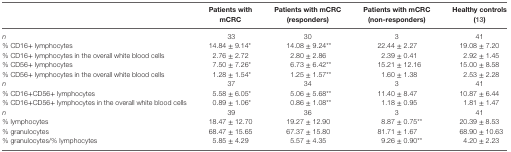
<table><thead><tr><td></td><td><b>Patients with mCRC</b></td><td><b>Patients with mCRC (responders)</b></td><td><b>Patients with mCRC (non-responders)</b></td><td><b>Healthy controls (13)</b></td></tr></thead><tbody><tr><td><i>n</i></td><td>33</td><td>30</td><td>3</td><td>41</td></tr><tr><td>% CD16+ lymphocytes</td><td>14.84 ± 9.14*</td><td>14.08 ± 9.24**</td><td>22.44 ± 2.27</td><td>19.08 ± 7.20</td></tr><tr><td>% CD16+ lymphocytes in the overall white blood cells</td><td>2.76 ± 2.72</td><td>2.80 ± 2.86</td><td>2.39 ± 0.41</td><td>2.92 ± 1.45</td></tr><tr><td>% CD56+ lymphocytes</td><td>7.50 ± 7.26*</td><td>6.73 ± 6.42**</td><td>15.21 ± 12.16</td><td>15.00 ± 8.58</td></tr><tr><td>% CD56+ lymphocytes in the overall white blood cells</td><td>1.28 ± 1.54*</td><td>1.25 ± 1.57**</td><td>1.60 ± 1.38</td><td>2.53 ± 2.28</td></tr><tr><td><i>n</i></td><td>37</td><td>34</td><td>3</td><td>41</td></tr><tr><td>% CD16+CD56+ lymphocytes</td><td>5.58 ± 6.05*</td><td>5.06 ± 5.68**</td><td>11.40 ± 8.47</td><td>10.87 ± 6.44</td></tr><tr><td>% CD16+CD56+ lymphocytes in the overall white blood cells</td><td>0.89 ± 1.06*</td><td>0.86 ± 1.08**</td><td>1.18 ± 0.95</td><td>1.81 ± 1.47</td></tr><tr><td><i>n</i></td><td>39</td><td>36</td><td>3</td><td>41</td></tr><tr><td>% lymphocytes</td><td>18.47 ± 12.70</td><td>19.27 ± 12.90</td><td>8.87 ± 0.75**</td><td>20.39 ± 8.53</td></tr><tr><td>% granulocytes</td><td>68.47 ± 15.65</td><td>67.37 ± 15.80</td><td>81.71 ± 1.67</td><td>68.90 ± 10.63</td></tr><tr><td>% granulocytes/% lymphocytes</td><td>5.85 ± 4.29</td><td>5.57 ± 4.35</td><td>9.26 ± 0.90**</td><td>4.20 ± 2.23</td></tr></tbody></table>